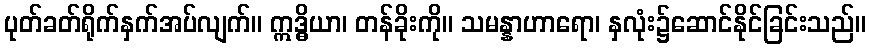
ပုတ်ခတ်ရိုက်နှက်အပ်လျက်။ ဣဒ္ဓိယာ၊ တန်ခိုးကို။ သမန္နာဟာရော၊ နှလုံး၌ဆောင်နိုင်ခြင်းသည်။